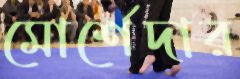
মোর্শেদার